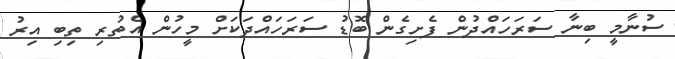
ސުނާމީ ބިނާ ސަރަހައްދުން ފެށިގެން ބޮޑު ސަރަހައްދަކަށް މީހުން އެތުރި ތިބި އިރު